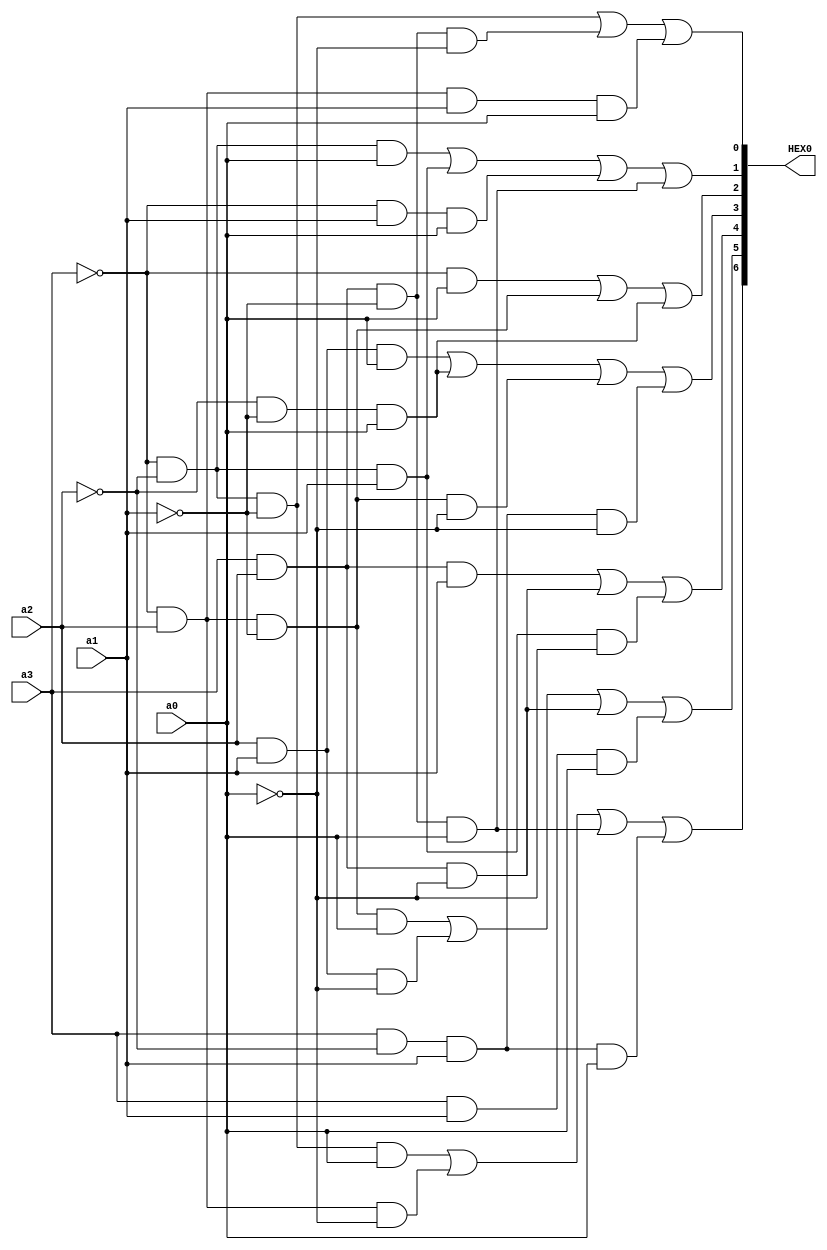
module display_hex_7seg (a3, a2, a1, a0, HEX0);
	input a3, a2, a1, a0;
	output [0:6] HEX0;
	
	assign HEX0[0] = (~a3 & ~a2 & ~a1 & a0) | (~a3 & a2 & ~a0) | (a3 & a2 & ~a1 & a0) | (a3 & ~a2 & a1 & a0);
	assign HEX0[1] = (~a3 & a2 & ~a1 & a0) | (a2 & a1 & ~a0) | (a3 & a2 & ~a0) | (a3 & a1 & a0);
	assign HEX0[2] = (a3 & a2 & a1) | (a3 & a2 & ~a0) | (~a3 & ~a2 & a1 & ~a0);
	assign HEX0[3] = (a2 & a1 & a0) | (~a2 & ~a1 & a0) | (~a3 & a2 & ~a1 & ~a0) | (a3 & ~a2 & a1 & ~a0);
	assign HEX0[4] = (~a3 & a0) | (~a3 & a2 & ~a1) | (~a2 & ~a1 & a0);
	assign HEX0[5] = (~a3 & ~a2 & a0) | (~a3 & ~a2 & a1) | (~a3 & a1 & a0) | (a3 & a2 & ~a1 & a0);
	assign HEX0[6] = (~a3 & ~a2 & ~a1) | (a3 & a2 & ~a1 & ~a0) | (~a3 & a2 & a1 & a0);
	
endmodule 

module part4 (KEY, SW, HEX3, HEX2, HEX1, HEX0, LEDR);
	input [1:0] SW;
	input [1:1] KEY;
	reg [15:0] Q;
	output [0:6] HEX3, HEX2, HEX1, HEX0;
	output [7:0] LEDR;
	
	always @ (posedge KEY[1], negedge SW[0])
		if(~SW[0])
			Q <= 16'b0;
		else
			if(SW[1])
				Q <= Q + 1;
	
	display_hex_7seg u0(Q[3],Q[2],Q[1],Q[0],HEX0);
	display_hex_7seg u1(Q[7],Q[6],Q[5],Q[4],HEX1);
	display_hex_7seg u2(Q[11],Q[10],Q[9],Q[8],HEX2);
	display_hex_7seg u3(Q[15],Q[14],Q[13],Q[12],HEX3);
	
	assign LEDR = Q;
	
endmodule